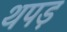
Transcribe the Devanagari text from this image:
थपड़